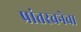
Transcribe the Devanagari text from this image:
प्रांतरचनेचा